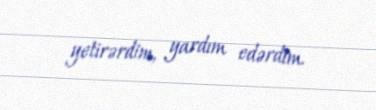
yetirərdim, yardım edərdim.